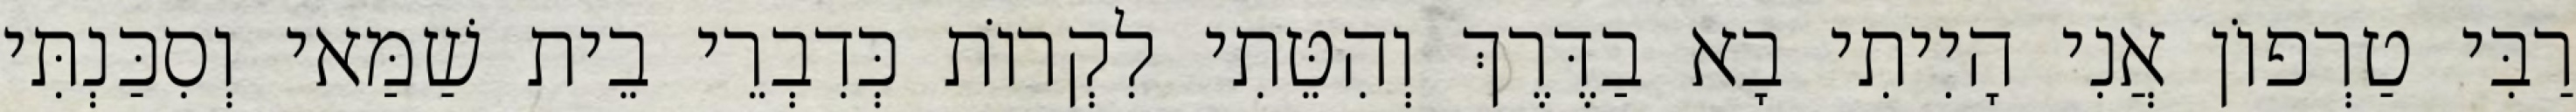
רַבִּי טַרְפוֹן אֲנִי הָיִיתִי בָא בַדֶּרֶךְ וְהִטֵּתִי לִקְרוֹת כְּדִבְרֵי בֵית שַׁמַּאי וְסִכַּנְתִּי